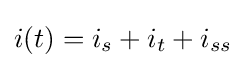
i(t)=i_{s}+i_{t}+i_{ss}